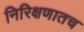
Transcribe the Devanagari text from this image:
निरिक्षणातच